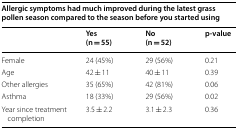
| <COLSPAN=4> Allergic symptoms had much improved during the latest grass pollen season compared to the season before you started using |
 |  | Yes(n = 55) | No(n = 52) | p-value |
 | --- | --- | --- | --- |
 | Female | 24 (45%) | 29 (56%) | 0.21 |
 | Age | 42 ± 11 | 40 ± 11 | 0.39 |
 | Other allergies | 35 (65%) | 42 (81%) | 0.06 |
 | Asthma | 18 (33%) | 29 (56%) | 0.02 |
 | Year since treatment completion | 3.5 ± 2.2 | 3.1 ± 2.3 | 0.36 |